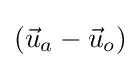
({\vec {u}}_{a}-{\vec {u}}_{o})